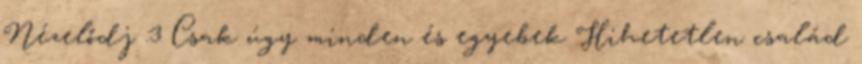
Nézelődj :3 Csak úgy minden és egyebek Hihetetlen család